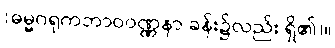
(ဓမ္မဂရုကဘာဝဝဏ္ဏနာ ခန်း၌လည်း ရှိ၏)။